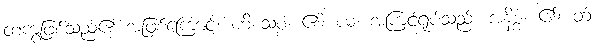
တကွဖြစ်သည်၏ အဖြစ်ကြောင့်။ ဟိ သစ္စံ၊ ၏။ ယံ၊ အကြင်ရုပ်သည်။ အနိစ္စံ၊ ၏။ တံ၊